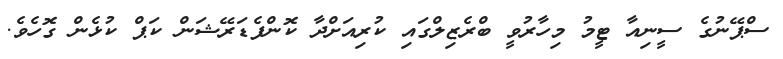
ސްޕޭނުގެ ސީނިއާ ޓީމު މިހާރުވީ ބްރެޒިލްގައި ކުރިއަށްދާ ކޮންފެޑަރޭޝަން ކަޕް ކުޅެން ގޮހެވެ.